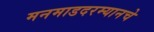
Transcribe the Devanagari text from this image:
मनमाडदरम्यानचे